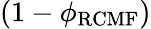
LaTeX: (1-\phi_{\mathrm{RCMF}})